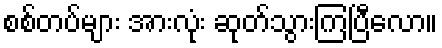
စစ်တပ်များ အားလုံး ဆုတ်သွားကြပြီလော။